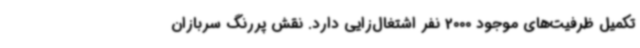
تکمیل ظرفیت‌های موجود 2000 نفر اشتغال‌زایی دارد. نقش پررنگ سربازان